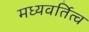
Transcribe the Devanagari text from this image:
मध्यवर्तित्व